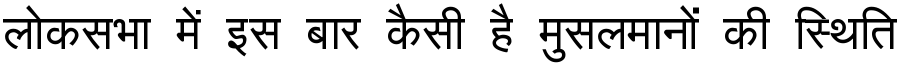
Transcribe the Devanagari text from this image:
लोकसभा में इस बार कैसी है मुसलमानों की स्थिति